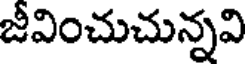
జీవించుచున్నవి